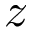
z